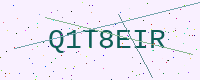
Text: Q1T8EIR